Civil Veterinary Dept. Assam report 1911-1927 - 1911-1927
Year: 1911
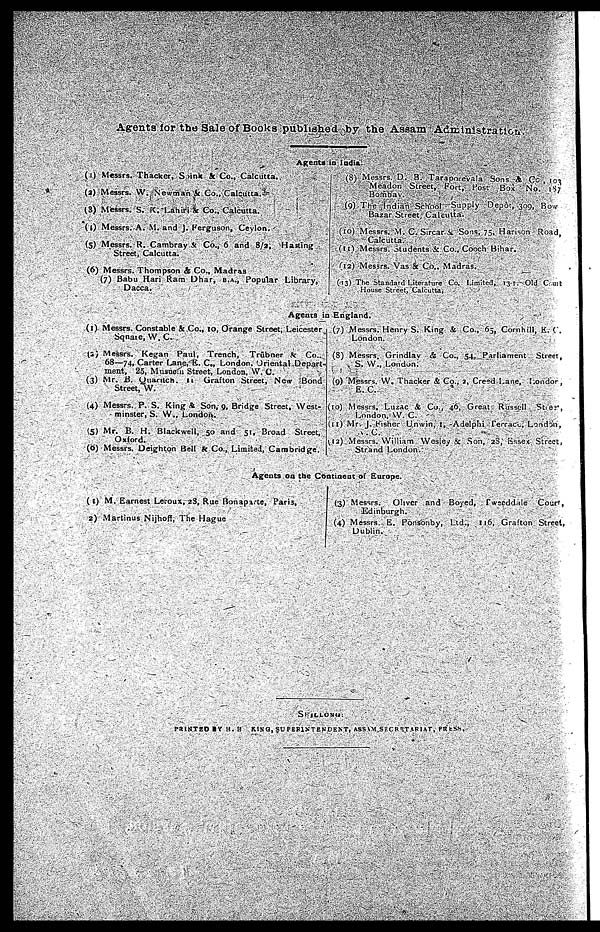
Agents for the Sale of Books published by the Assam Administration.
Agents in India.
(1) Messrs. Thacker, Spink & Co., Calcutta.
(2) Messrs. W. Newman & Co., Calcutta.
(3) Messrs. S. K.Lahiri & Co., Calcutta.
(4) Messrs, A. M. and J. Ferguson, Cevlon.
(5) Messrs. R. Cambray & Co., 6 and 8/2,
Hasting
Street, Calcutta.
(6) Messrs. Thompson & Co., Madras
(7) Babu Hari Ram Dhar, B.A., Popular Library,
Dacca.
(8) Messrs. D. B. Taraporevala Sons & Co , 103
meadon
Street, Fort, Post- Box No. 187
Bombay.
(9) The Indian School Supply Depot, 309, Box;
Bazar Street, Calcutta.
(10) Messrs. M. C. Sircar & Sons, 75, Harison Road,
Calcutta.
(11) Messrs. students &: Co., Coach Bihar.
(12)
Messrs. Vas & Co.. Madras.
(13) The Standard Literature Co. Limited, 131. Old Cut
House Street, Calcutta,
Agents in England.
(1) Messrs. Constable & Co., 10, Orange Street, Leicester
Square, w. C.
(2) Messrs. Kegan Paul, Trench, Trubner &- Co..
68—74, Carter Lane, E. C., London. Oriental Depart
ment, 23, Musuem Street, London. W. C.
(3) Mr. B. Quanich 11 Grafton Street, New Bond
Street,W.
(4) Messrs. P. S. King & Son, 9, Bridge Street, West-
minster, S. W.. London.
(5) Mr. B. H. Blackwell, 50 and 51, Broad Street,
Oxford.
(6) Messrs. Deighton Bell & Co., Limited, Cambridge.
(7) Messrs. Henry S. King & Co., 65, Comhill, E. C.
London.
(8) Messrs. Grindlay & Co., 54, Parliament Street,
S. W., London.
(9) Messrs. W. Thacker & Co., 2, Creed Lane, Londo- ,
E. C.
(10) Messrs. Luzac & Co., 46, Great
Rassell
Street,
London, W. C.
(11) Mr. J. Fisher Unwin, I, -Adelphi Perrace, London,
W.C.
(12) Messrs. William Wesley & Son, 23, Raser Street,
Strand London.
Agents on the Continent of Europe.
(1) M. Earnest Leroux, 28, Rue bonapvte, Paris,
2) Martinus Nijhoff, The Hague
(3) Messrs.
Oliver and Boyed,
fwerddale
Cour',
Edinburgh.
(4) Messrs. E. Ponsonby, Ltd., 116, Grafton Street,
Dublin.
SHILLONG:
PRINTED BY H.
H.KING,
SUPERINTENDENT, ASSAM SECRETATRIAL ,
PRESS